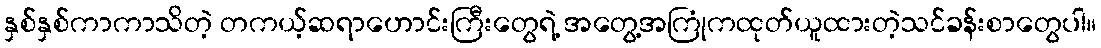
နှစ်နှစ်ကာကာသိတဲ့ တကယ့်ဆရာဟောင်းကြီးတွေရဲ့ အတွေ့အကြုံကထုတ်ယူထားတဲ့သင်ခန်းစာတွေပါ။